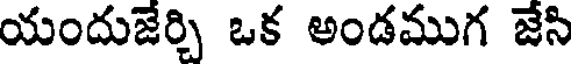
యందుజేర్చి ఒక అండముగ జేసి